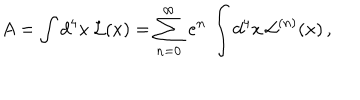
LaTeX: A = \int d ^ { 4 } x \, { \cal L } ( x ) = \sum _ { n = 0 } ^ { \infty } \, e ^ { n } \, \int d ^ { 4 } x \, { \cal L } ^ { ( n ) } ( x ) \, ,